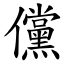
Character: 儻